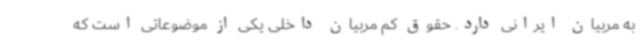
به مربیان ایرانی دارد. حقوق کم مربیان داخلی یکی از موضوعاتی است که